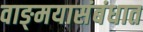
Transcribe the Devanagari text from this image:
वाङ्‌मयासंबंधात